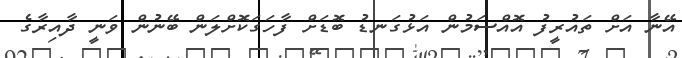
އޭނާ އަށް ތައުރީފު އޮއްސަމުން އަޅުގަނޑު ބޮޑަށް ފާހަގަކޮށްލަން ބޭނުން ވަނީ ދާއިރާގެ